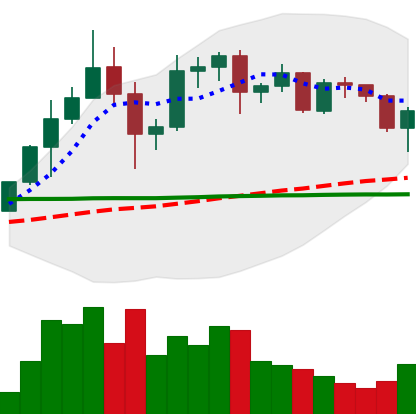
Ticker: ADA-USD
Chart end date: 2020-12-09
Forward return: 6.633%
Label: up_5_7